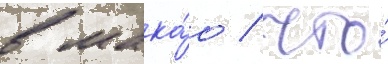
в мака́о / что́